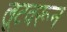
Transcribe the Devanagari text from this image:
लूटवरून